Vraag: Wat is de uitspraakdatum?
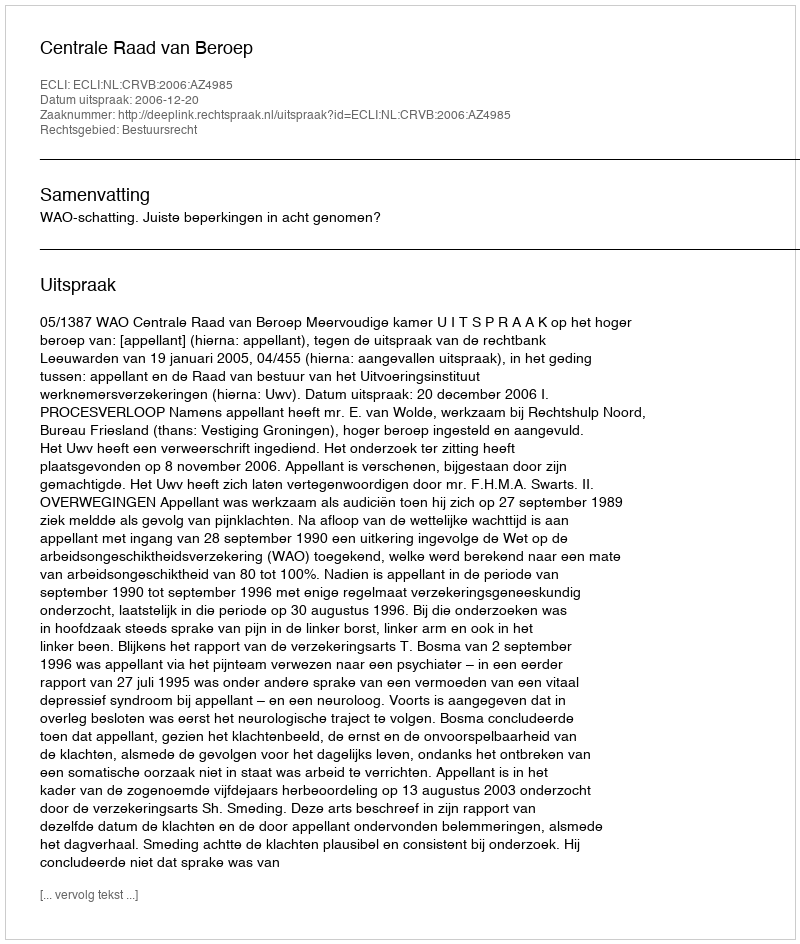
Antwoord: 2006-12-20